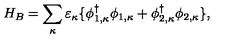
H _ { B } = \sum _ { \kappa } \varepsilon _ { \kappa } \{ \phi _ { 1 , \kappa } ^ { \dagger } \phi _ { 1 , \kappa } + \phi _ { 2 , \kappa } ^ { \dagger } \phi _ { 2 , \kappa } \} ,